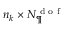
n _ { k } \times N _ { \P } ^ { \textrm { d o f } }